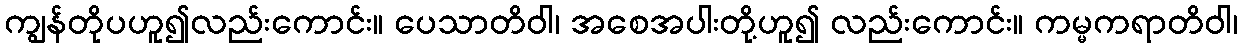
ကျွန်တိုပဟူ၍လည်းကောင်း။ ပေသာတိဝါ၊ အစေအပါးတို့ဟူ၍ လည်းကောင်း။ ကမ္မကရာတိဝါ၊